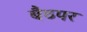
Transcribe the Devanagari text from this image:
बैठपर